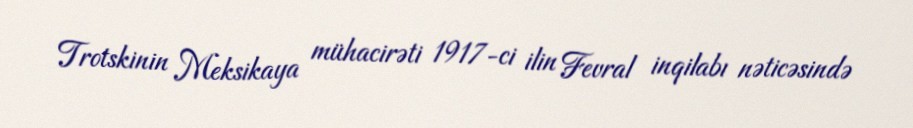
Trotskinin Meksikaya mühacirəti 1917-ci ilin Fevral inqilabı nəticəsində